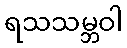
ရသသမ္ဘဝါ